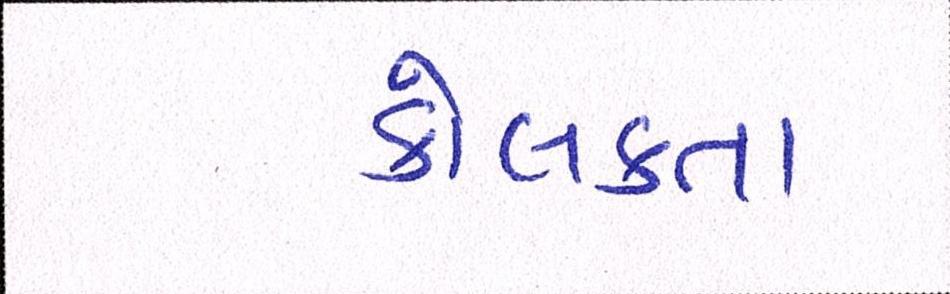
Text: કોલકતા